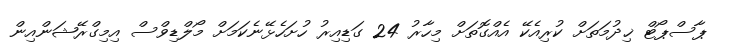
ޕާސްޕޯޓް ޚިދުމަތަށް ކުރިއެކޭ އެއްގޮތަށް މިހާރު 24 ގަޑިއިރު ހުށަހެޅޭނެކަމަށް މޯލްޑިވްސް އިމިގްރޭޝަންއިން